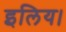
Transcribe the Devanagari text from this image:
इलिय।